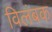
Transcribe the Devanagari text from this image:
विलंबक